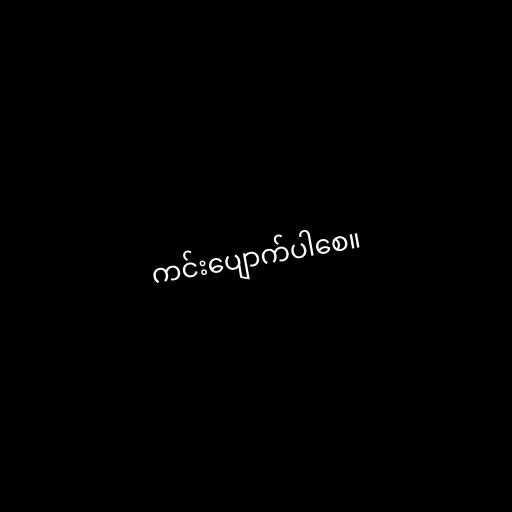
ကင်းပျောက်ပါစေ။